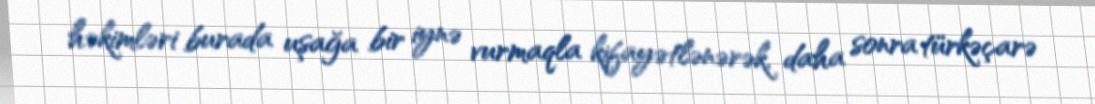
həkimləri burada uşağa bir iynə vurmaqla kifayətlənərək, daha sonra türkəçarə